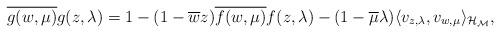
LaTeX: \begin{align*}\overline{g(w,\mu)}g(z,\lambda)=1-(1-\overline{w}z)\overline{f(w,\mu)}f(z,\lambda)-(1-\overline{\mu}\lambda)\langle v_{z,\lambda}, v_{w,\mu}\rangle_{\cal{H}_M},\end{align*}